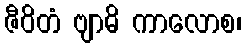
ဇီဝိတံ ဗျာဓိ ကာလောစ၊